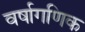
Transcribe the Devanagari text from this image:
वर्षागणिक